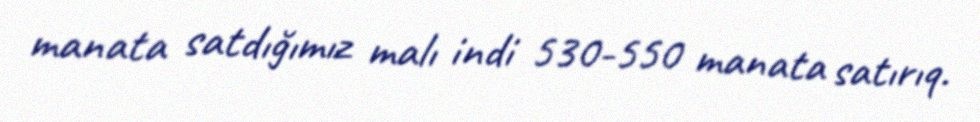
manata satdığımız malı indi 530-550 manata satırıq.